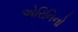
એરિનિનો